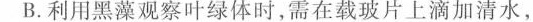
B.利用黑藻观察叶绿体时，需在载玻片上滴加清水，